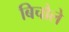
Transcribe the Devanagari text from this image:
बिचौले